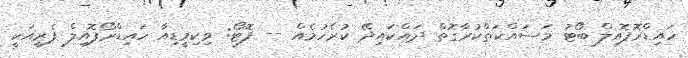
ހައިޑްރޮފޮއިލް ބޯޓު މަސައްކަތްކުރާގޮތް ދައްކައިދޭ ކުރެހުމެއް -- ފޮޓޯ: ވިކިމީޑިއާ ހައިޑްރޯފޮއިލް ފެރީއަކީ